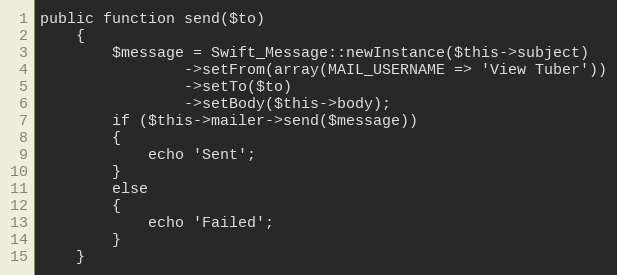
Language: PHP
public function send($to)
    {
        $message = Swift_Message::newInstance($this->subject)
                ->setFrom(array(MAIL_USERNAME => 'View Tuber'))
                ->setTo($to)
                ->setBody($this->body);
        if ($this->mailer->send($message))
        {
            echo 'Sent';
        }
        else
        {
            echo 'Failed';
        }
    }